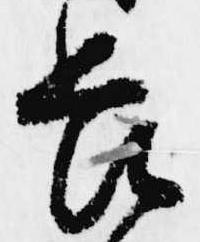
畏